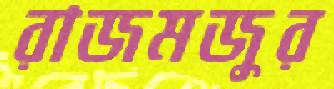
রাজমজুর